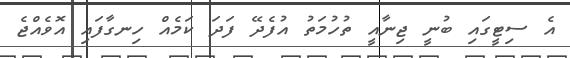
އެ ސިޓީގައި ބުނީ ޖިނާއީ ތުހުމަތު އުފެދޭ ފަދަ ކަމެއް ހިނގާފައި އޮވެއްޖެ